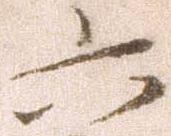
六